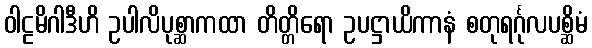
ဝါဠမိဂါဒီဟိ ဥပါလိပုစ္ဆာကထာ တိတ္တိရော ဥပဋ္ဌာယိကာနံ စတုရင်္ဂုလပစ္ဆိမံ